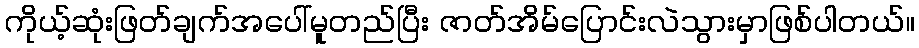
ကိုယ့်ဆုံးဖြတ်ချက်အပေါ်မူတည်ပြီး ဇာတ်အိမ်ပြောင်းလဲသွားမှာဖြစ်ပါတယ်။